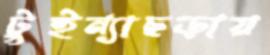
টুইন্যাছড়ায়